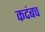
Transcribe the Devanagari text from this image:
कदंबच